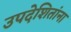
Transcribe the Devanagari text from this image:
उपदेशितांना